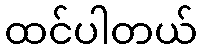
ထင်ပါတယ်